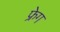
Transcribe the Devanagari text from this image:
फ्रेग